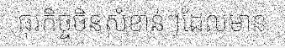
ធុរកិច្ចចិនសំខាន់ៗដែលមាន